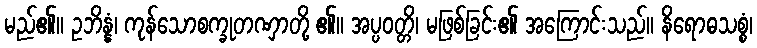
မည်၏။ ဥဘိန္နံ၊ ကုန်သောစက္ခုတဏှာတို့ ၏။ အပ္ပဝတ္တိ၊ မဖြစ်ခြင်း၏ အကြောင်းသည်။ နိရောဓသစ္စံ၊